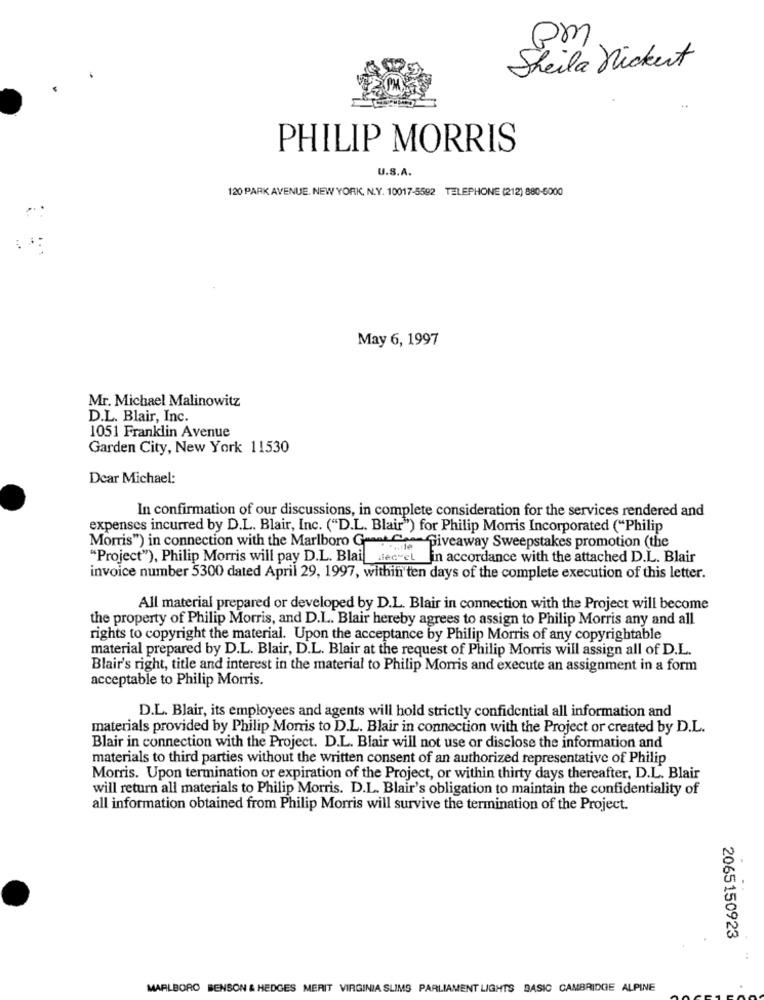
pm
Sheila nicket
PHILIP MORRIS
U.S.A.
120 PARK AVENUE. NEW YORK, N.Y. 10017-5592 TELEPHONE (212) 880-6000
..
May 6, 1997
Mr. Michael Malinowitz
D.L. Blair, Inc.
1051 Franklin Avenue
Garden City, New York 11530
Dear Michael:
In confirmation of our discussions, in complete consideration for the services rendered and
expenses incurred by D.L. Blair, Inc. ("D.L. Blair") for Philip Morris Incorporated ("Philip
Morris") in connection with the Marlboro Geant.C .-- Giveaway Sweepstakes promotion (the
"Project"), Philip Morris will pay D.L. Blaitalec-et in accordance with the attached D.L. Blair
invoice number 5300 dated April 29, 1997, within ten days of the complete execution of this letter.
All material prepared or developed by D.L. Blair in connection with the Project will become
the property of Philip Morris, and D.L. Blair hereby agrees to assign to Philip Morris any and all
rights to copyright the material. Upon the acceptance by Philip Morris of any copyrightable
material prepared by D.L. Blair, D.L. Blair at the request of Philip Morris will assign all of D.L.
Blair's right, title and interest in the material to Philip Morris and execute an assignment in a form
acceptable to Philip Morris.
D.L. Blair, its employees and agents will hold strictly confidential all information and
materials provided by Philip Morris to D.L. Blair in connection with the Project or created by D.L.
Blair in connection with the Project. D.L. Blair will not use or disclose the information and
materials to third parties without the written consent of an authorized representative of Philip
Morris. Upon termination or expiration of the Project, or within thirty days thereafter, D.L. Blair
will return all materials to Philip Morris. D.L. Blair's obligation to maintain the confidentiality of
all information obtained from Philip Morris will survive the termination of the Project.
2065150923
MARLBORO BENSON & HEDGES MERIT VIRGINIA SLIMS PARLIAMENT LIGHTS BASIC CAMBRIDGE ALPINE